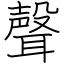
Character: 聲